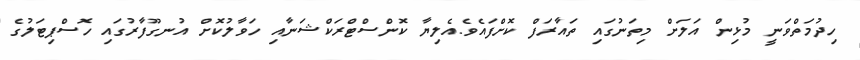
ހިދުމަތްވަނީ މުޅިން އަލަށް މިތަނުގައި ތައާރަފް ކޮށްފައެވެ.އެލިޔާ ކޮންސްޓްރަކްޝަނާއި ހަވާލުކޮށް އުނގޫފާރުގައި ހޮސްޕިޓަލުގެ